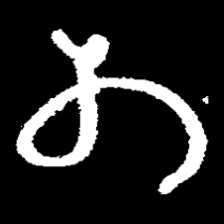
Pyu character \u2014 Myanmar letter: တ (romanized: ta)